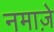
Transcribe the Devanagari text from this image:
नमाज़े